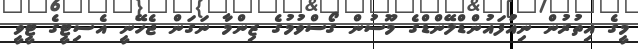
މީގެ އިތުރުން ނިއުފައުންޑްލޭންޑްގެ މޫސުން ގޯސްވުމުގެ ޒިންމާ ނަގަން ޖެހޭނީ އެސިޓީގެ ޓީވީ